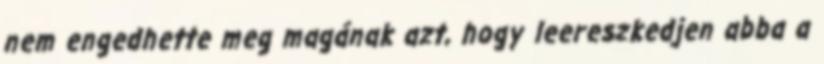
nem engedhette meg magának azt, hogy leereszkedjen abba a